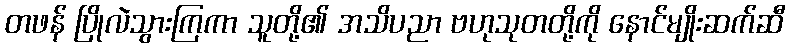
တဖန် ပြိုလဲသွားကြကာ သူတို့၏ အသိပညာ ဗဟုသုတတို့ကို နောင်မျိုးဆက်ဆီ